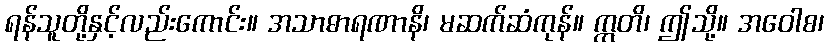
ရန်သူတို့နှင့်လည်းကောင်း။ အသာဓာရဏာနိ၊ မဆက်ဆံကုန်။ ဣတိ၊ ဤသို့။ အဝေါစ၊